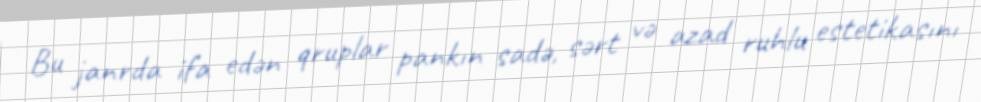
Bu janrda ifa edən qruplar pankın sadə, sərt və azad ruhlu estetikasını